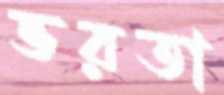
ভরতা